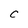
Character: C